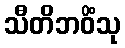
သီတိဘဝိံသု